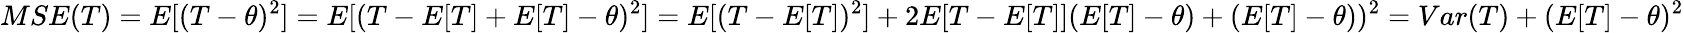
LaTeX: MSE(T)=E[(T-\theta)^{2}]=E[(T-E[T]+E[T]-\theta)^{2}]=E[(T-E[T])^{2}]+2E[T-E[T]](E[T]-\theta)+(E[T]-\theta))^{2}=Var(T)+(E[T]-\theta)^{2}